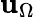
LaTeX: \mathbf{u}_{\Omega}